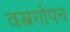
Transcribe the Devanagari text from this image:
वस्त्रगोपन